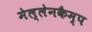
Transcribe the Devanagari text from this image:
मेल्लेनकैम्प